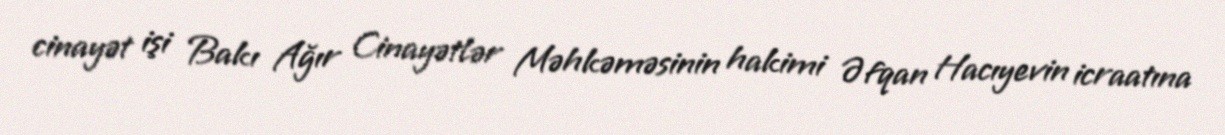
cinayət işi Bakı Ağır Cinayətlər Məhkəməsinin hakimi Əfqan Hacıyevin icraatına